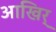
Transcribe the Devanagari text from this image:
आखिर्